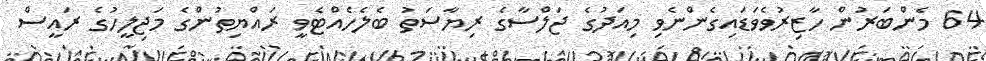
64 މެންބަރުން ހާޒިރުވެވަޑައިގެންނެވި މިއަދުގެ ޖަލްސާގެ ރިޔާސަތު ބެލެހެއްޓެވީ ރައްޔިތުންގެ މަޖިލީހުގެ ރައީސް